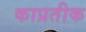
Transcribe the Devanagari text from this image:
काप्रतीक